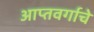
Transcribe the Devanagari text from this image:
आप्तवर्गाचे